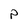
Character: p